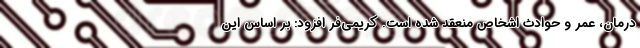
درمان، عمر و حوادث اشخاص منعقد شده است. کریمی‌فر افزود: بر اساس این